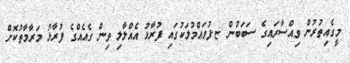
މީގެއިތުރުން ވިއްސާރައިގެ ސަބަބުން ޏ.ފުވައްމުލަކުގައި ފުރާޅު އެއްލާލި ތިން ގެއެއްގެ ފުރާޅު މަރާމާތުކޮށް